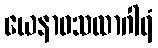
ယေနာဝသထာဂါရံ